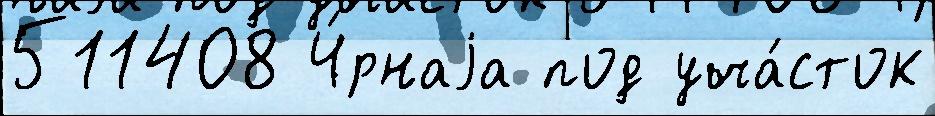
511408 Ч́рнаjа под уча́сток